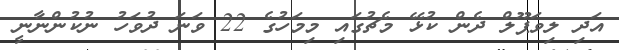
އަދި ލިވަޕޫލް ދެން ކުޅޭ މެޗުގައި މިމަހުގެ 22 ވަނަ ދުވަހު ނުކުންނާނީ